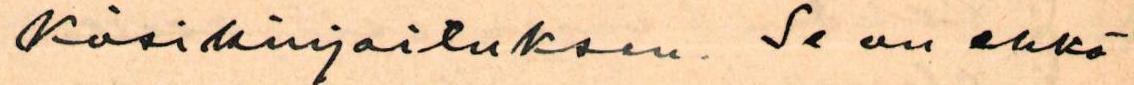
käsikirjoituksen. Se on ehkä